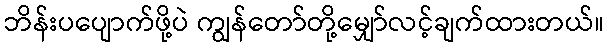
ဘိန်းပပျောက်ဖို့ပဲ ကျွန်တော်တို့မျှော်လင့်ချက်ထားတယ်။